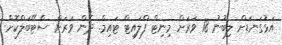
އަޅުގަނޑަށް ލިބުނު 18 ވަރަށް މިނިޓް ފްލައިޓް ޓައިމް. ދެން ވަރަށް ސްޓޭބަލްކޮށް